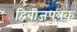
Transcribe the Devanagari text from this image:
द्विबीजपत्रक